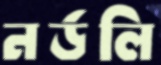
নর্ডলি